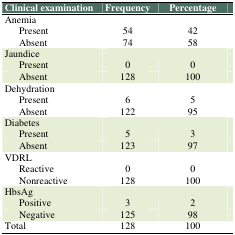
<table><thead><tr><td><b>Clinical examination</b></td><td><b>Frequency</b></td><td><b>Percentage</b></td></tr></thead><tbody><tr><td>Anemia</td><td colspan="2"></td></tr><tr><td>Present</td><td>54</td><td>42</td></tr><tr><td>Absent</td><td>74</td><td>58</td></tr><tr><td>Jaundice</td><td colspan="2"></td></tr><tr><td>Present</td><td>0</td><td>0</td></tr><tr><td>Absent</td><td>128</td><td>100</td></tr><tr><td>Dehydration</td><td colspan="2"></td></tr><tr><td>Present</td><td>6</td><td>5</td></tr><tr><td>Absent</td><td>122</td><td>95</td></tr><tr><td>Diabetes</td><td colspan="2"></td></tr><tr><td>Present</td><td>5</td><td>3</td></tr><tr><td>Absent</td><td>123</td><td>97</td></tr><tr><td>VDRL</td><td colspan="2"></td></tr><tr><td>Reactive</td><td>0</td><td>0</td></tr><tr><td>Nonreactive</td><td>128</td><td>100</td></tr><tr><td>HbsAg</td><td colspan="2"></td></tr><tr><td>Positive</td><td>3</td><td>2</td></tr><tr><td>Negative</td><td>125</td><td>98</td></tr><tr><td>Total</td><td>128</td><td>100</td></tr></tbody></table>